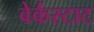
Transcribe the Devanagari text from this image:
वेर्कस्टाट